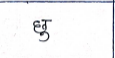
मजकूर: छु